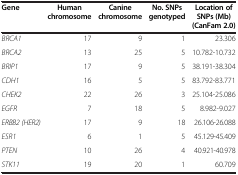
| Gene | Human chromosome | Canine chromosome | No. SNPs genotyped | Location of SNPs (Mb) (CanFam 2.0) |
 | --- | --- | --- | --- | --- |
 | BRCA1 | 17 | 9 | 1 | 23.306 |
 | BRCA2 | 13 | 25 | 5 | 10.782-10.732 |
 | BRIP1 | 17 | 9 | 5 | 38.191-38.304 |
 | CDH1 | 16 | 5 | 5 | 83.792-83.771 |
 | CHEK2 | 22 | 26 | 3 | 25.104-25.086 |
 | EGFR | 7 | 18 | 5 | 8.982-9.027 |
 | ERBB2 (HER2) | 17 | 9 | 18 | 26.106-26.088 |
 | ESR1 | 6 | 1 | 5 | 45.129-45.409 |
 | PTEN | 10 | 26 | 4 | 40.921-40.978 |
 | STK11 | 19 | 20 | 1 | 60.709 |